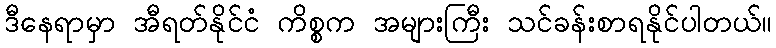
ဒီနေရာမှာ အီရတ်နိုင်ငံ ကိစ္စက အများကြီး သင်ခန်းစာရနိုင်ပါတယ်။